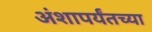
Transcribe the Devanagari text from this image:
अंशापर्यंतच्या